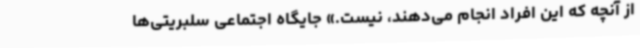
از آنچه که این افراد انجام می‌دهند، نیست.» جایگاه اجتماعی سلبریتی‌ها